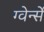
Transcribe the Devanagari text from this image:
ग्वेर्न्से